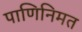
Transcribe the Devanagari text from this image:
पाणिनिमत